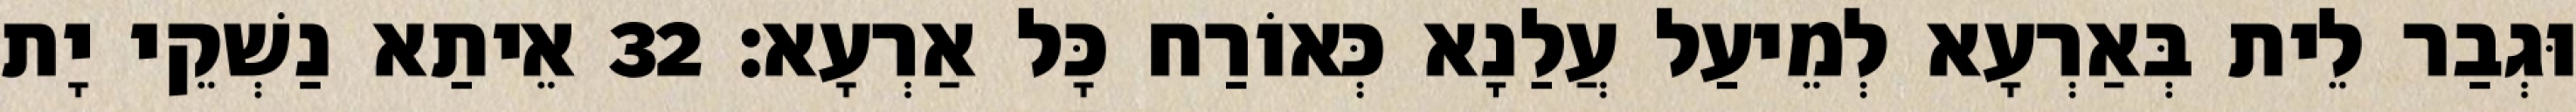
וּגְבַר לֵית בְּאַרְעָא לְמֵיעַל עֲלַנָא כְּאוֹרַח כָּל אַרְעָא׃ 32 אֵיתַא נַשְׁקֵי יָת